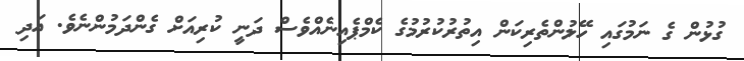
ގުޅުން ގެ ނަމުގައި ހޭލުންތެރިކަން އިތުރުކުރުމުގެ ކެމްޕެއިނެއްވެސް ދަނީ ކުރިއަށް ގެންދަމުންނެވެ. އަދި